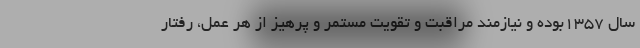
سال ۱۳۵۷بوده و نیازمند مراقبت و تقویت مستمر و پرهیز از هر عمل، رفتار